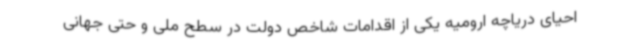
احیای دریاچه ارومیه یکی از اقدامات شاخص دولت در سطح ملی و حتی جهانی